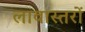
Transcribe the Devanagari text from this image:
लावास्तरों